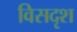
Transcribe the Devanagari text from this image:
विसदृश